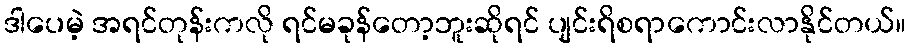
ဒါပေမဲ့ အရင်တုန်းကလို ရင်မခုန်တော့ဘူးဆိုရင် ပျင်းရိစရာကောင်းလာနိုင်တယ်။